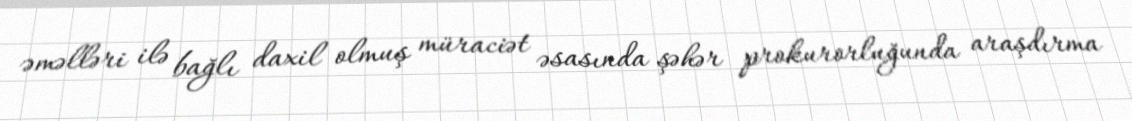
əməlləri ilə bağlı daxil olmuş müraciət əsasında şəhər prokurorluğunda araşdırma